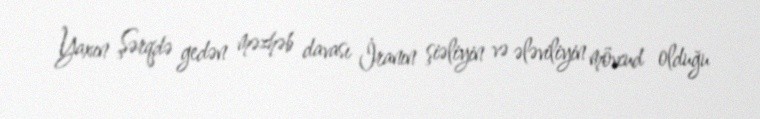
Yaxın Şərqdə gedən məzhəb davası İranın şiəliyin və ələviliyin mövcud olduğu